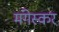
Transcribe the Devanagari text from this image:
मंगेस्कर